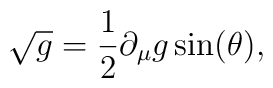
\sqrt{g}=\frac{1}{2}\partial_{\mu}g\sin(\theta),